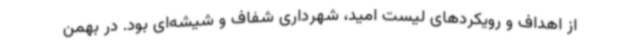
از اهداف و رویکردهای لیست امید، شهرداری شفاف و شیشه‌ای بود. در بهمن